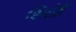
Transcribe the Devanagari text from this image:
शिरोडे